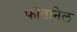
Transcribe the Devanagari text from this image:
फोंतानेल